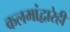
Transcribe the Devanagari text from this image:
कलमांद्वारेही